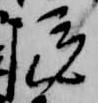
院